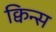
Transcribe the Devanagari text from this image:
क्विन्‍स